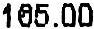
165.00